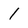
Character: 1